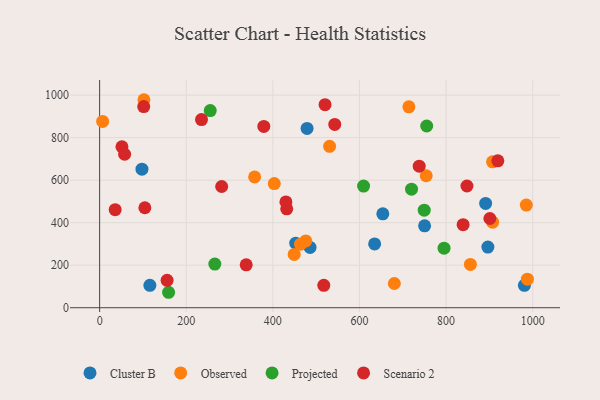
{"axis": {"x": "Engine Size", "y": "Exam Score"}, "legend": ["Cluster B", "Observed", "Projected", "Scenario 2"], "data": [{"x": "485.9", "y": 283.6, "type": "Cluster B"}, {"x": "479.0", "y": 843.2, "type": "Cluster B"}, {"x": "891.3", "y": 490.4, "type": "Cluster B"}, {"x": "116.0", "y": 105.3, "type": "Cluster B"}, {"x": "750.4", "y": 385.2, "type": "Cluster B"}, {"x": "896.5", "y": 285.4, "type": "Cluster B"}, {"x": "97.7", "y": 651.8, "type": "Cluster B"}, {"x": "635.0", "y": 299.9, "type": "Cluster B"}, {"x": "980.8", "y": 105.2, "type": "Cluster B"}, {"x": "653.9", "y": 441.5, "type": "Cluster B"}, {"x": "452.8", "y": 303.8, "type": "Cluster B"}, {"x": "357.9", "y": 615.2, "type": "Observed"}, {"x": "102.3", "y": 978.3, "type": "Observed"}, {"x": "6.9", "y": 876.1, "type": "Observed"}, {"x": "680.5", "y": 113.9, "type": "Observed"}, {"x": "907.3", "y": 686.1, "type": "Observed"}, {"x": "907.4", "y": 402.6, "type": "Observed"}, {"x": "754.1", "y": 620.7, "type": "Observed"}, {"x": "403.3", "y": 583.9, "type": "Observed"}, {"x": "856.1", "y": 203.7, "type": "Observed"}, {"x": "987.7", "y": 134.2, "type": "Observed"}, {"x": "476.0", "y": 314.1, "type": "Observed"}, {"x": "463.8", "y": 299.0, "type": "Observed"}, {"x": "714.1", "y": 944.7, "type": "Observed"}, {"x": "531.0", "y": 759.2, "type": "Observed"}, {"x": "449.2", "y": 250.6, "type": "Observed"}, {"x": "985.2", "y": 482.9, "type": "Observed"}, {"x": "720.2", "y": 557.6, "type": "Projected"}, {"x": "609.5", "y": 572.2, "type": "Projected"}, {"x": "266.0", "y": 205.5, "type": "Projected"}, {"x": "159.2", "y": 72.7, "type": "Projected"}, {"x": "795.3", "y": 280.0, "type": "Projected"}, {"x": "255.4", "y": 927.1, "type": "Projected"}, {"x": "755.2", "y": 854.7, "type": "Projected"}, {"x": "749.5", "y": 458.6, "type": "Projected"}, {"x": "281.8", "y": 570.2, "type": "Scenario 2"}, {"x": "104.4", "y": 470.3, "type": "Scenario 2"}, {"x": "379.1", "y": 852.8, "type": "Scenario 2"}, {"x": "430.1", "y": 497.8, "type": "Scenario 2"}, {"x": "517.6", "y": 105.6, "type": "Scenario 2"}, {"x": "901.1", "y": 419.6, "type": "Scenario 2"}, {"x": "839.3", "y": 390.5, "type": "Scenario 2"}, {"x": "235.2", "y": 884.8, "type": "Scenario 2"}, {"x": "155.8", "y": 129.1, "type": "Scenario 2"}, {"x": "51.5", "y": 757.1, "type": "Scenario 2"}, {"x": "35.9", "y": 461.1, "type": "Scenario 2"}, {"x": "542.9", "y": 862.1, "type": "Scenario 2"}, {"x": "919.5", "y": 690.8, "type": "Scenario 2"}, {"x": "432.0", "y": 465.2, "type": "Scenario 2"}, {"x": "57.7", "y": 721.8, "type": "Scenario 2"}, {"x": "520.5", "y": 955.2, "type": "Scenario 2"}, {"x": "101.8", "y": 946.0, "type": "Scenario 2"}, {"x": "737.9", "y": 665.7, "type": "Scenario 2"}, {"x": "338.4", "y": 202.0, "type": "Scenario 2"}, {"x": "848.2", "y": 572.6, "type": "Scenario 2"}]}